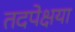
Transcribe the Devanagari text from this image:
तदपेक्षया